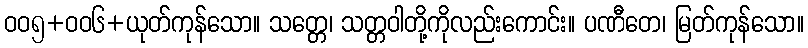
ဝဝ၅+ဝဝ၆+ယုတ်ကုန်သော။ သတ္တေ၊ သတ္တဝါတို့ကိုလည်းကောင်း။ ပဏီတေ၊ မြတ်ကုန်သော။